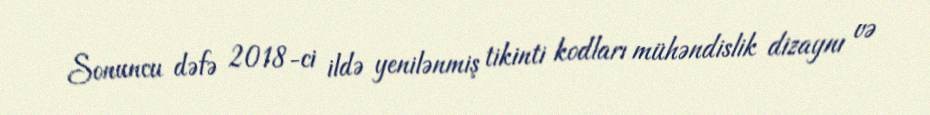
Sonuncu dəfə 2018-ci ildə yenilənmiş tikinti kodları mühəndislik dizaynı və